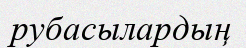
рубасылардың